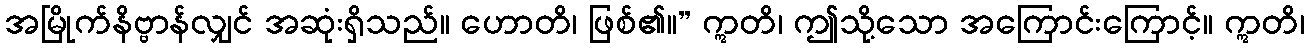
အမြိုက်နိဗ္ဗာန်လျှင် အဆုံးရှိသည်။ ဟောတိ၊ ဖြစ်၏။” ဣတိ၊ ဤသို့သော အကြောင်းကြောင့်။ ဣတိ၊